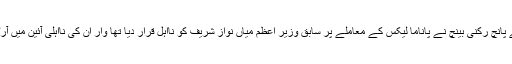
واضح رہے کہ سپریم کورٹ کے پانچ رکنی بینچ نے پاناما لیکس کے معاملے پر سابق وزیر اعظم میاں نواز شریف کو نااہل قرار دیا تھا وار ان کی نااہلی آئین میں آرٹیکل 62 ون ایف تحت ہوئی تھی۔